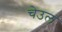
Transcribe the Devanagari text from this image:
चेउल